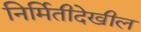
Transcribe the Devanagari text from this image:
निर्मितीदेखील